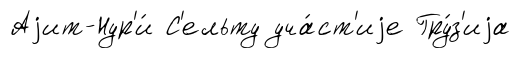
Аjит-Нур'и́ С'ельту уча́ст'иjе Гру́з'иjа